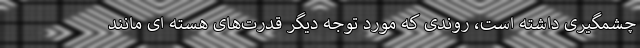
چشمگیری داشته است، روندی که مورد توجه دیگر قدرت‌های هسته ای مانند